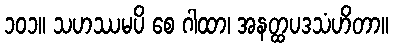
၁၀၁။ သဟဿမပိ စေ ဂါထာ၊ အနတ္ထပဒသံဟိတာ။